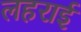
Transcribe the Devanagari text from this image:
लहराई